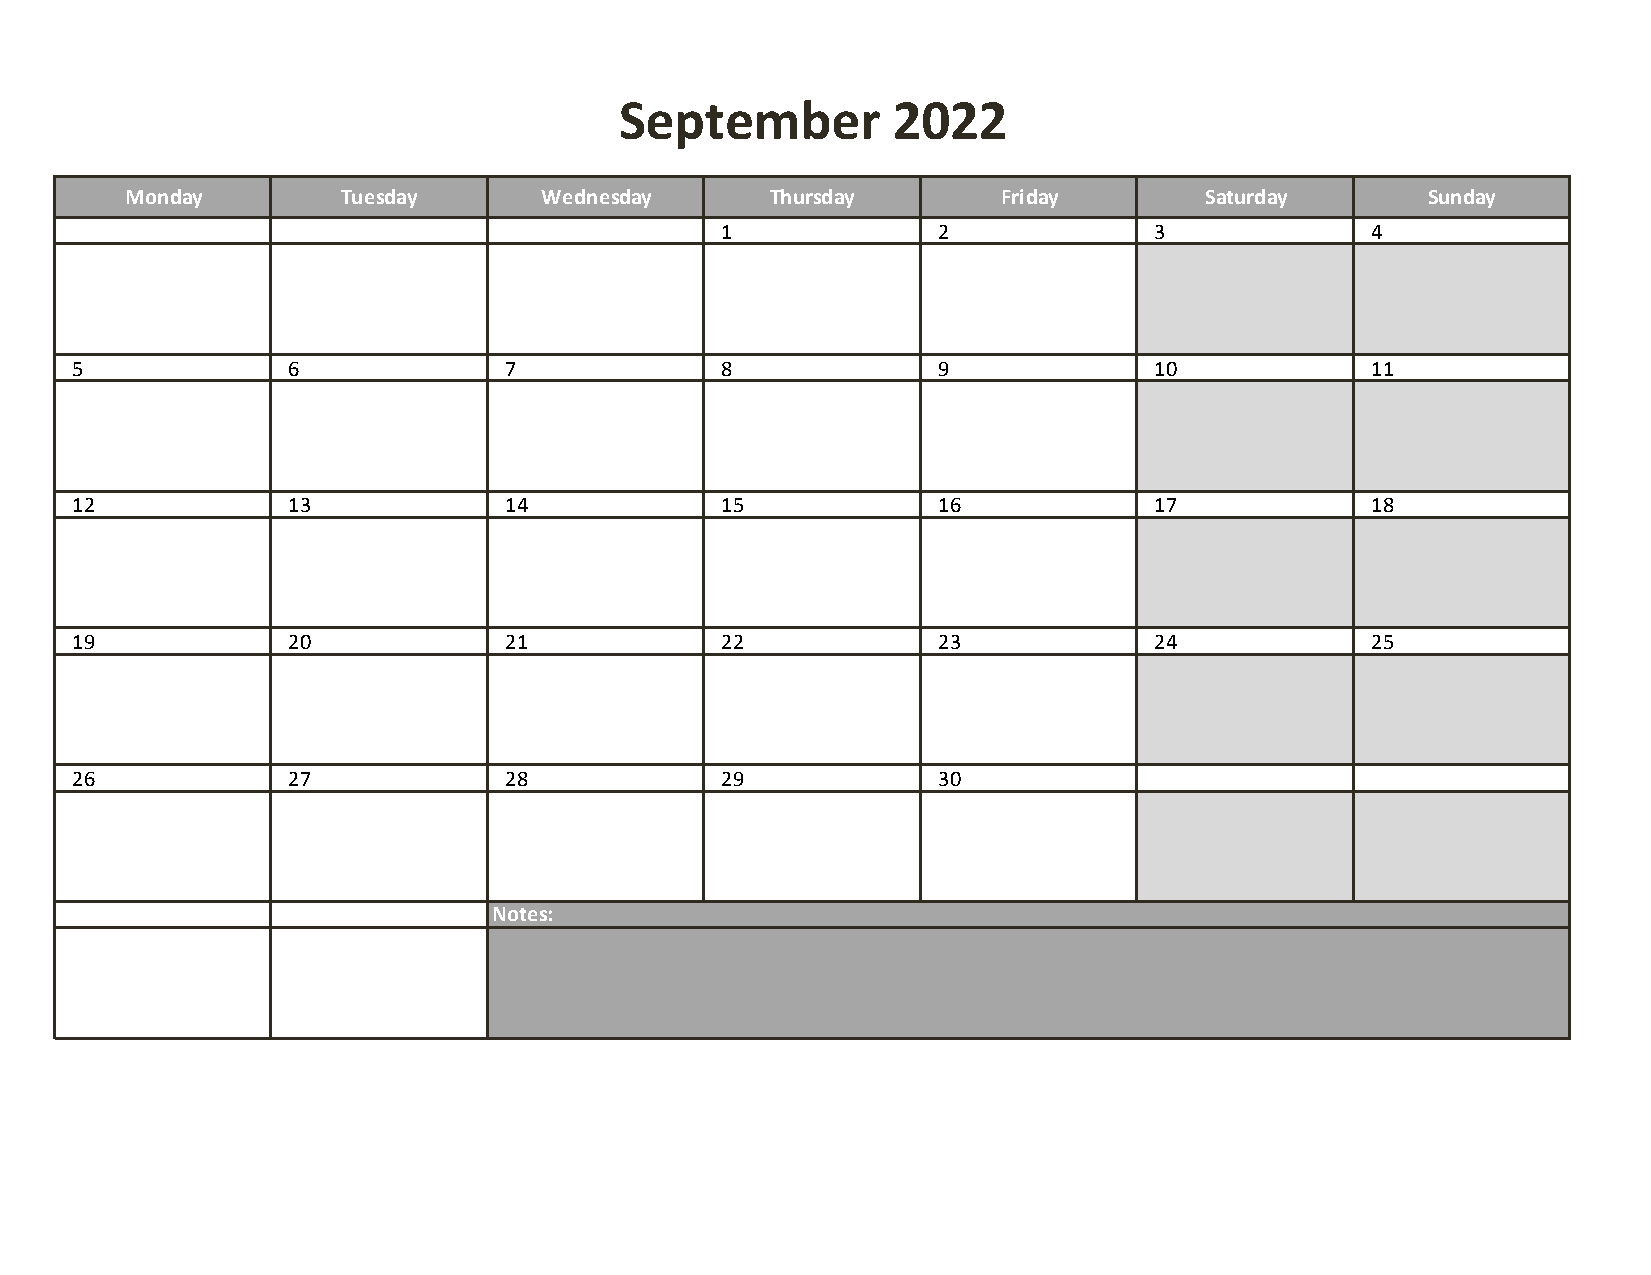
September         2022
 Monday         Tuesday      Wednesday      Thursday       Friday        Saturday      Sunday
 1             2             3              4
 5             6             7              8             9             10             11
 12            13            14             15            16            17             18
 19            20            21             22            23            24             25
 26            27            28             29            30
 Notes: